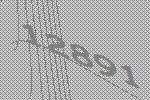
12891